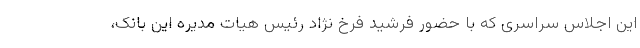
این اجلاس سراسری که با حضور فرشید فرخ نژاد رئیس هیات مدیره این بانک،